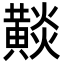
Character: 𪏋